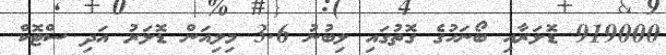
919000 ޑޮލަރާއި ބޯނަހުގެ ގޮތުގައި ލިބުނު 3.6 މިލިއަން ޑޮލަރު އަދި ސްޓޮކް